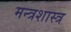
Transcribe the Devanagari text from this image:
मन्त्रशास्त्र